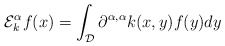
\begin{align*}\mathcal{E}_k^{\alpha}f(x) = \int_{\mathcal{D}} \partial^{\alpha,\alpha}k(x,y)f(y)dy\end{align*}